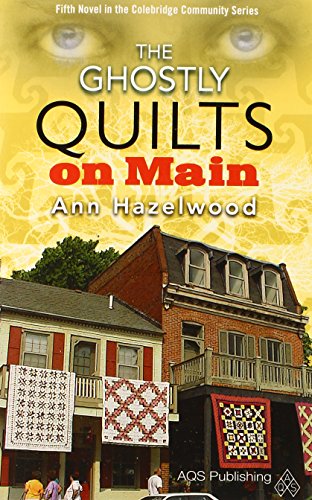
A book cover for The Ghostly Quilts on Main (Colebridge Communities); Ann Hazelwood; Mystery, Thriller & Suspense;